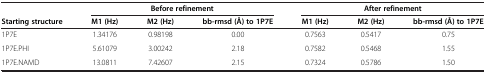
<table><thead><tr><td><b> </b></td><td><b> </b></td><td><b>Before refinement</b></td><td><b> </b></td><td><b> </b></td><td><b>After refinement</b></td><td><b> </b></td></tr><tr><td><b>Starting structure</b></td><td><b>M1 (Hz)</b></td><td><b>M2 (Hz)</b></td><td><b>bb-rmsd (Å) to 1P7E</b></td><td><b>M1 (Hz)</b></td><td><b>M2 (Hz)</b></td><td><b>bb-rmsd (Å) to 1P7E</b></td></tr></thead><tbody><tr><td>1P7E</td><td>1.34176</td><td>0.98198</td><td>0.00</td><td>0.7563</td><td>0.5417</td><td>0.75</td></tr><tr><td>1P7E.PHI</td><td>5.61079</td><td>3.00242</td><td>2.18</td><td>0.7582</td><td>0.5468</td><td>1.55</td></tr><tr><td>1P7E.NAMD</td><td>13.0811</td><td>7.42607</td><td>2.15</td><td>0.7324</td><td>0.5786</td><td>1.50</td></tr></tbody></table>